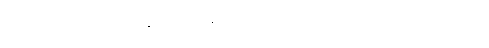
မြတ်စွာဘုရားသည်။ ပုဗ္ဗနှသမယံ၊ နံနက်အခါ၌။ နိဝါသေတွာ၊ သင်းပိုင်ကို ပြင်ဝတ်၍။